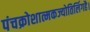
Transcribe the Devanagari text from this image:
पंचक्रोशात्मकज्योतिर्लिगहै।